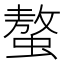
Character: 螯